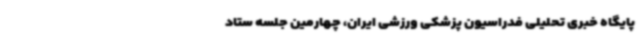
پایگاه خبری تحلیلی فدراسیون پزشکی ورزشی ایران، چهارمین جلسه ستاد